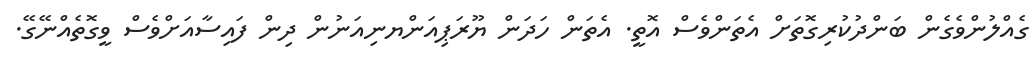
ގެއްލުންވެގެން ބަންދުކުރިގޮތަށް އެތަންވެސް އޮތީ. އެތަން ހަދަން ޔޫރަޕިއަންޔނިއަނުން ދިން ފައިސާއަށްވެސް ވީގޮތެއްނޭގޭ.